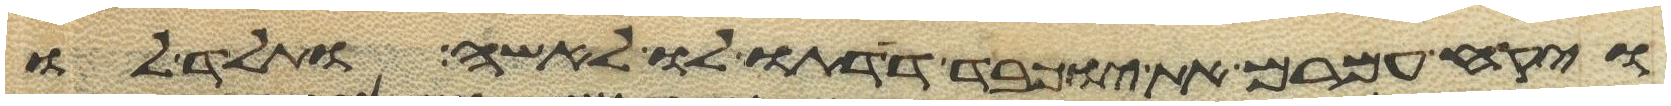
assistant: ויקח עמרם את יוכבד דדתו לו לאשה ותלד לו